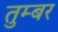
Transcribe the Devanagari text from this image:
तुम्बर